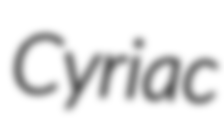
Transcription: Cyriac